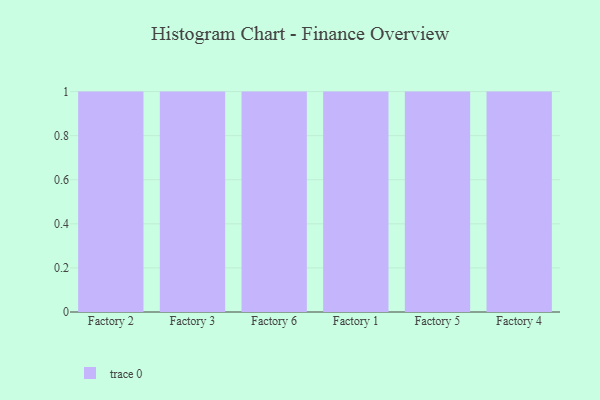
{"axis": {"x": "Factory", "y": "Inventory Turnover"}, "legend": [""], "data": [{"x": "Factory 2", "y": 11, "type": ""}, {"x": "Factory 3", "y": 60, "type": ""}, {"x": "Factory 6", "y": 13, "type": ""}, {"x": "Factory 1", "y": 59, "type": ""}, {"x": "Factory 5", "y": 2, "type": ""}, {"x": "Factory 4", "y": 21, "type": ""}]}